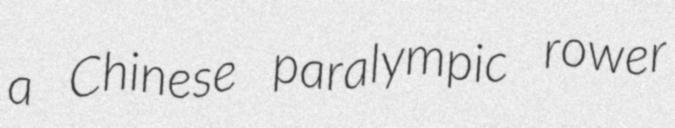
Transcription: a Chinese paralympic rower